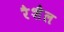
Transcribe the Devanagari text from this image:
रैशैल